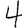
Digit: 4